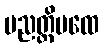
ပညတ္တိပထေ